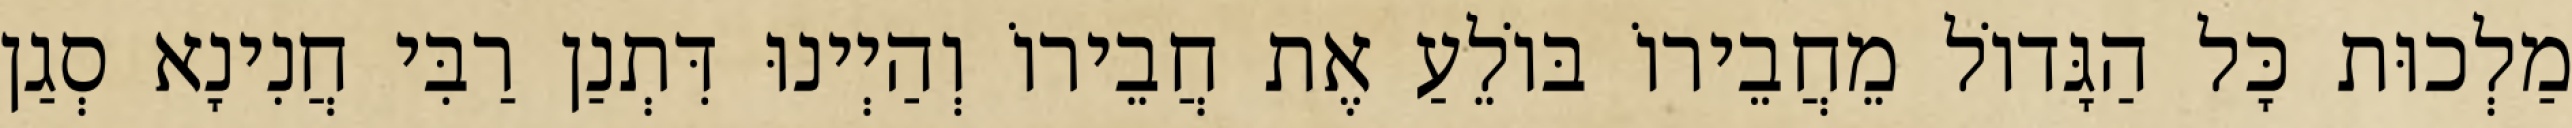
מַלְכוּת כָּל הַגָּדוֹל מֵחֲבֵירוֹ בּוֹלֵעַ אֶת חֲבֵירוֹ וְהַיְינוּ דִּתְנַן רַבִּי חֲנִינָא סְגַן